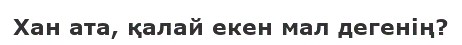
Хан ата, қалай екен мал дегенiң?